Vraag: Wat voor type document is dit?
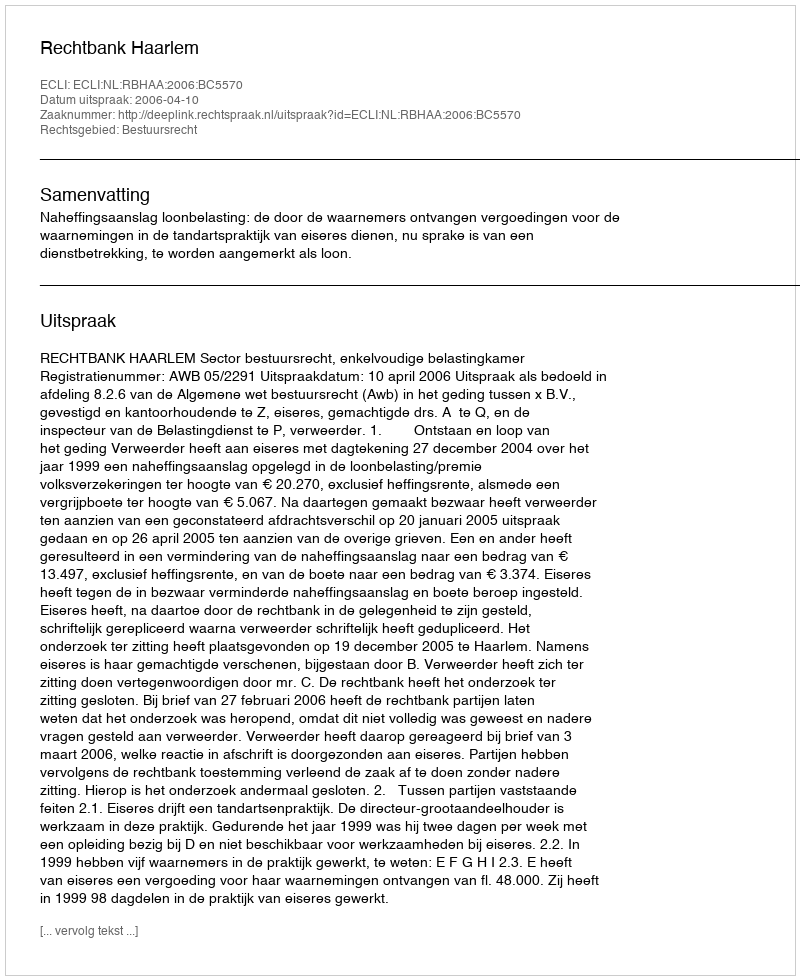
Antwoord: Uitspraak